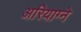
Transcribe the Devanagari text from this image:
अरियाग्ने